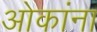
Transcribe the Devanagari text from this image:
ओकांना